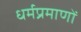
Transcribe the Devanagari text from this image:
धर्मप्रमाणों